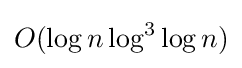
O(\log n\log ^{3}\log n)